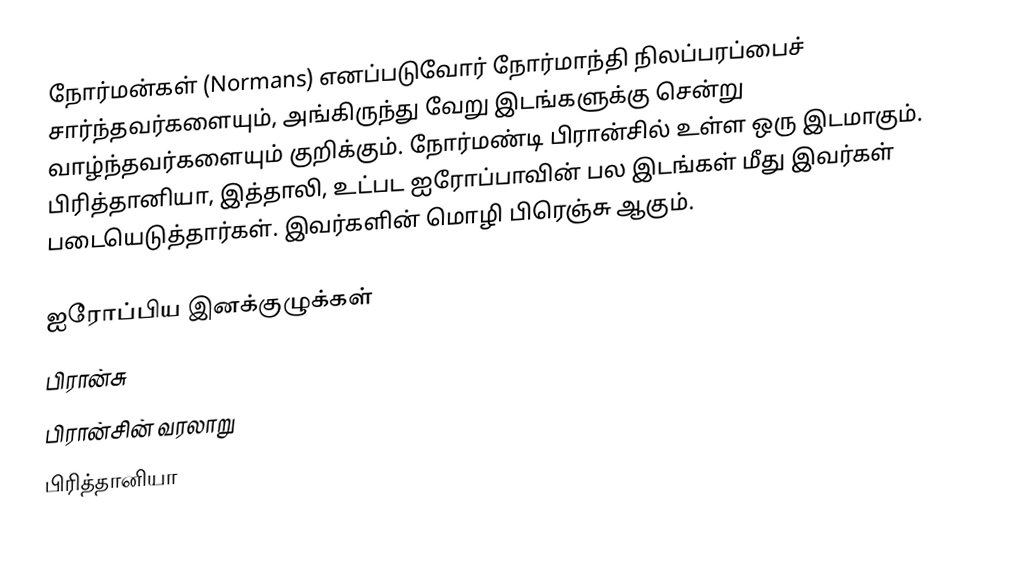
நோர்மன்கள் (Normans) எனப்படுவோர் நோர்மாந்தி நிலப்பரப்பைச் சார்ந்தவர்களையும், அங்கிருந்து வேறு இடங்களுக்கு சென்று வாழ்ந்தவர்களையும் குறிக்கும். நோர்மண்டி பிரான்சில் உள்ள ஒரு இடமாகும். பிரித்தானியா, இத்தாலி, உட்பட ஐரோப்பாவின் பல இடங்கள் மீது இவர்கள் படையெடுத்தார்கள். இவர்களின் மொழி பிரெஞ்சு ஆகும்.

ஐரோப்பிய இனக்குழுக்கள்
பிரான்சு
பிரான்சின் வரலாறு
பிரித்தானியா